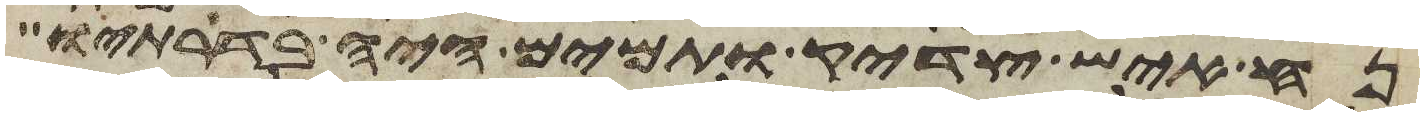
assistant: נח איש צדיק ותמים היה בדרתיו